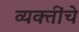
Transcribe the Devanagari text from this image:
व्‍यक्‍तींचे